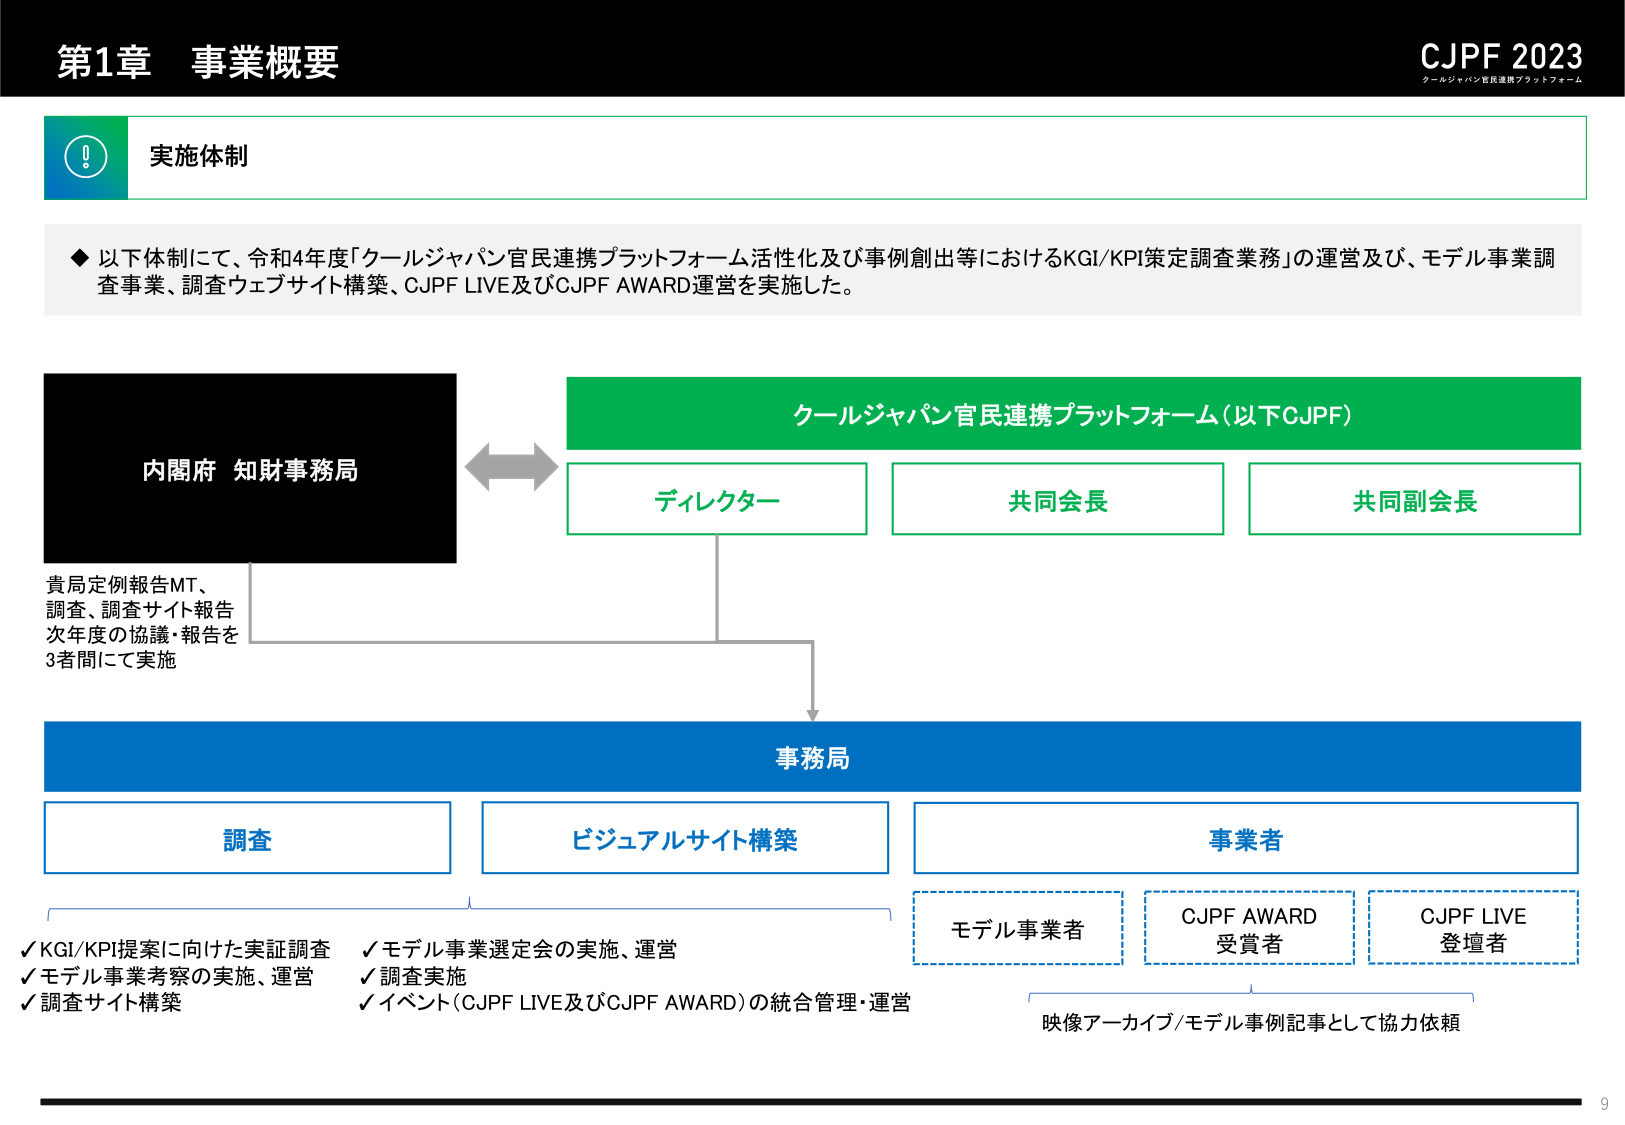
第1章 事業概要

CJPF 2023
クールジャパン官民連携プラットフォーム

実施体制

◆ 以下体制にて、令和4年度「クールジャパン官民連携プラットフォーム活性化及び事例創出等におけるKGI/KPI策定調査業務」の運営及び、モデル事業調査事業、調査ウェブサイト構築、CJPF LIVE及びCJPF AWARD運営を実施した。

内閣府 知財事務局

クールジャパン官民連携プラットフォーム（以下CJPF）

ディレクター
共同会長
共同副会長

貴局定例報告MT、
調査、調査サイト報告
次年度の協議・報告を
3者間にて実施

事務局

調査
ビジュアルサイト構築
事業者

✓ KGI/KPI提案に向けた実証調査
✓ モデル事業者考察の実施、運営
✓ 調査サイト構築

✓ モデル事業選定会の実施、運営
✓ 調査実施
✓ イベント（CJPF LIVE及びCJPF AWARD）の統合管理・運営

モデル事業者
CJPF AWARD
受賞者
CJPF LIVE
登壇者

映像アーカイブ/モデル事例記事として協力依頼

9